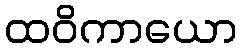
ထဝိကာယော